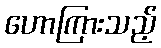
ဟောကြားသည့်